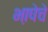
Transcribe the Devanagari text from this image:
भा़षेचे